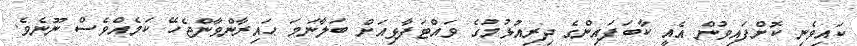
ކައިވެނި ކޮށްފައިވުން އެއީ ކާބަފައިންގެ ދިރިއުޅުމުގެ ވައްޓަފާޅިއަށް ބަލާނަމަ ޙައިރާންވާންޖެހޭ ކަމެއްވެސް ނޫނެވެ.